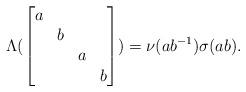
LaTeX: \begin{align*} \Lambda(\begin{bmatrix}a\\&b\\&&a\\&&&b\end{bmatrix})=\nu(ab^{-1})\sigma(ab).\end{align*}